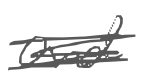
Text: and
Cross-out: mix
Writing tool: digital_gray